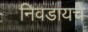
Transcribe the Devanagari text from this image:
निवडायचे